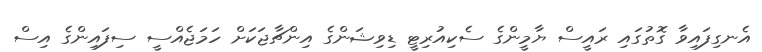
އެނގިފައިވާ ގޮތުގައި ރައީސް ޔާމީންގެ ސެކިއުރިޓީ ޑިވިޝަންގެ އިންޗާޖަކަށް ހަމަޖެއްސީ ސިފައިންގެ އިސް